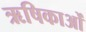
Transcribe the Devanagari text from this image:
ऋषिकाओं